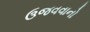
ઉજવવાનો